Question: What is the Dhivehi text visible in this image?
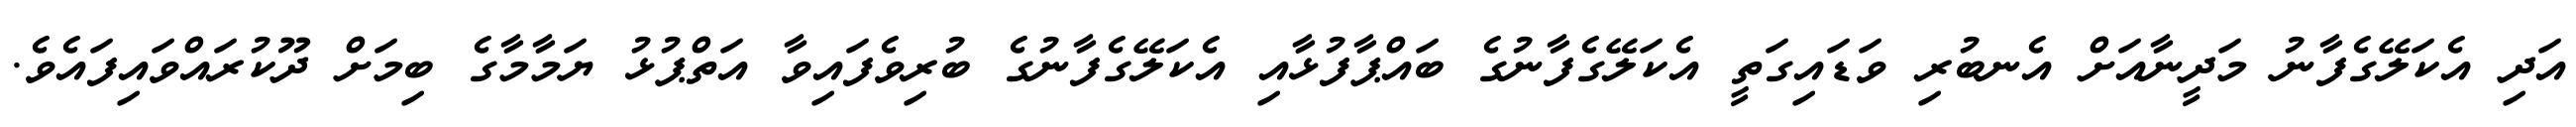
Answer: އަދި އެކަލޭގެފާނު މަދީނާއަށް އެނބުރި ވަޑައިގަތީ އެކަލޭގެފާނުގެ ބައްޕާފުޅާއި އެކަލޭގެފާނުގެ ބުރިވެފައިވާ އަތްޕުޅު ޔަމާމާގެ ބިމަށް ދޫކުރައްވައިފައެވެ.